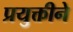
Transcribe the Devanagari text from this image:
प्रयुक्तीने